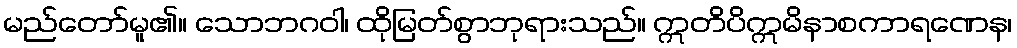
မည်တော်မူ၏။ သောဘဂဝါ၊ ထိုမြတ်စွာဘုရားသည်။ ဣတိပိဣမိနာစကာရဏေန၊